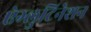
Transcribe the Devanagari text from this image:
ऐग्लुटिनेशन